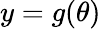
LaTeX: y=g(\theta)